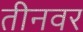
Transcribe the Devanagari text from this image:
तीनवर